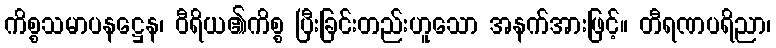
ကိစ္စသမာပနဋ္ဌေန၊ ဝီရိယ၏ကိစ္စ ပြီးခြင်းတည်းဟူသော အနက်အားဖြင့်။ တီရဏပရိညာ၊